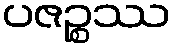
ပဇဉ္စဿ